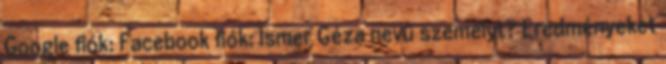
Google fiók: Facebook fiók: Ismer Géza nevű személyt? Eredményeket